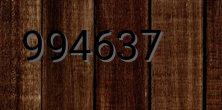
994637